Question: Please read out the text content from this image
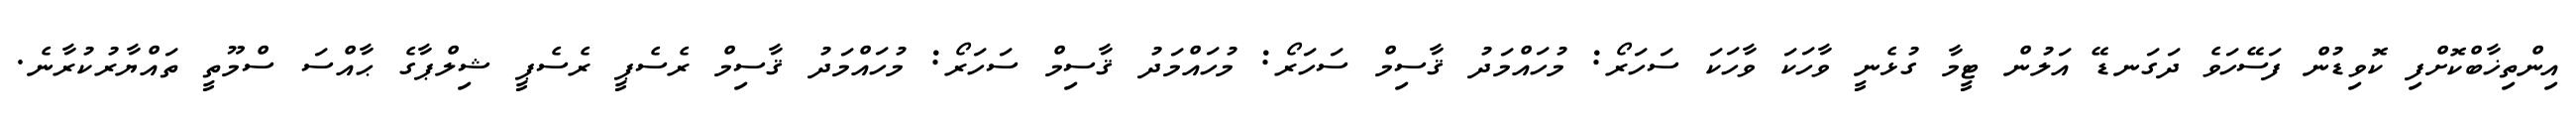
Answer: އިންތިޚާބްކޮށްފި ކޮވިޑުން ފަސޭހަވެ ދަގަނޑޭ އަލުން ޓީމާ ގުޅެނީ ވާހަކަ ވާހަކަ ސަހަރޯ: މުހައްމަދު ޤާސިމް ސަހަރޯ: މުހައްމަދު ޤާސިމް ސަހަރޯ: މުހައްމަދު ޤާސިމް ރެސެޕީ ރެސެޕީ ޝިލްޕާގެ ޙާއްސަ ސްމޫތީ ތައްޔާރުކުރާނެ.